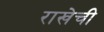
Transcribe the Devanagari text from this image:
राखेची